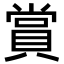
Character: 賞